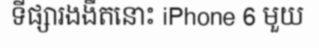
ទីផ្សារងងឹតនោះ iPhone 6 មួយ